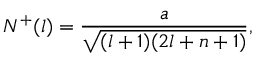
N ^ { + } ( l ) = \frac { a } { \sqrt { ( l + 1 ) ( 2 l + n + 1 ) } } ,